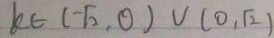
k \in ( - \sqrt { 2 } , 0 ) V ( 0 , \sqrt { 2 } )